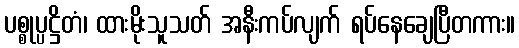
ပစ္စုပ္ပဋ္ဌိတံ၊ ထားမိုးသူသတ် အနီးကပ်လျက် ရပ်နေချေပြီတကား။